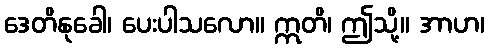
ဒေတိနုခေါ၊ ပေးပါသလော။ ဣတိ၊ ဤသို့။ အာဟ၊